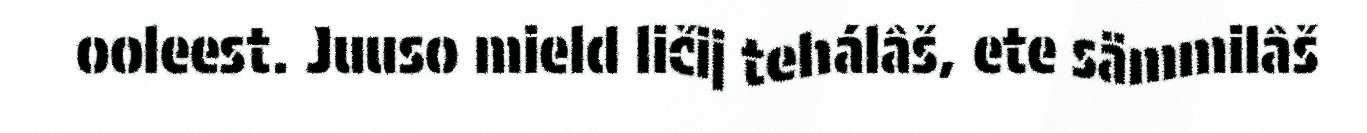
ooleest. Juuso mield ličij tehálâš, ete sämmilâš